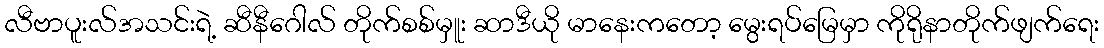
လီဗာပူးလ်အသင်းရဲ့ ဆီနီဂေါလ် တိုက်စစ်မှူး ဆာဒီယို မာနေးကတော့ မွေးရပ်မြေမှာ ကိုရိုနာတိုက်ဖျက်ရေး